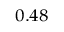
_ { 0 . 4 8 }